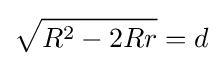
{\sqrt {R^{2}-2Rr}}=d